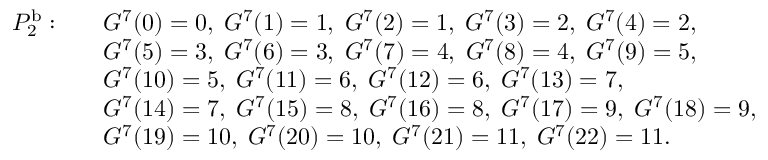
\begin{array} { r l } { P _ { 2 } ^ { \mathrm { b } } : \quad } & { G ^ { 7 } ( 0 ) = 0 , \; G ^ { 7 } ( 1 ) = 1 , \; G ^ { 7 } ( 2 ) = 1 , \; G ^ { 7 } ( 3 ) = 2 , \; G ^ { 7 } ( 4 ) = 2 , } \\ & { G ^ { 7 } ( 5 ) = 3 , \; G ^ { 7 } ( 6 ) = 3 , \; G ^ { 7 } ( 7 ) = 4 , \; G ^ { 7 } ( 8 ) = 4 , \; G ^ { 7 } ( 9 ) = 5 , } \\ & { G ^ { 7 } ( 1 0 ) = 5 , \; G ^ { 7 } ( 1 1 ) = 6 , \; G ^ { 7 } ( 1 2 ) = 6 , \; G ^ { 7 } ( 1 3 ) = 7 , } \\ & { G ^ { 7 } ( 1 4 ) = 7 , \; G ^ { 7 } ( 1 5 ) = 8 , \; G ^ { 7 } ( 1 6 ) = 8 , \; G ^ { 7 } ( 1 7 ) = 9 , \; G ^ { 7 } ( 1 8 ) = 9 , } \\ & { G ^ { 7 } ( 1 9 ) = 1 0 , \; G ^ { 7 } ( 2 0 ) = 1 0 , \; G ^ { 7 } ( 2 1 ) = 1 1 , \; G ^ { 7 } ( 2 2 ) = 1 1 . \; } \end{array}